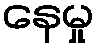
နေမှု